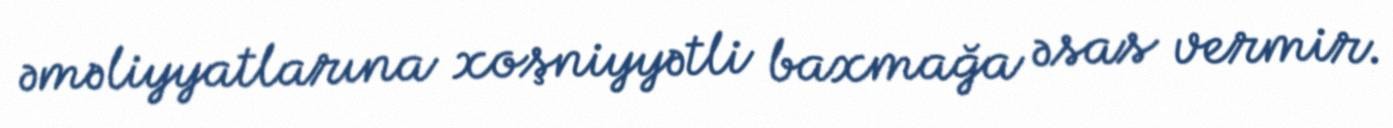
əməliyyatlarına xoşniyyətli baxmağa əsas vermir.